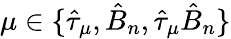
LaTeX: \mu\in\{ \hat{\tau}_{\mu},\hat{B}_{n},\hat{\tau}_{\mu}\hat{B}_{n}\}